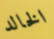
الخالد